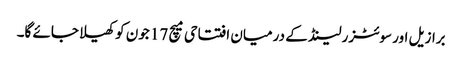
برازیل اور سوئٹزرلینڈ کے درمیان افتتاحی میچ 17 جون کو کھیلا جائے گا۔